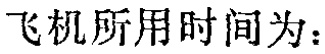
飞机所用时间为：